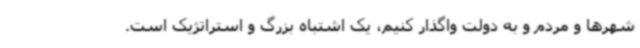
شهرها و مردم و به دولت واگذار کنیم، یک اشتباه بزرگ و استراتژیک است.